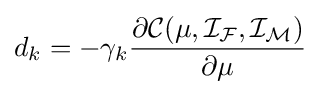
d_{k}=-\gamma _{k}{\dfrac {\partial {\mathcal {C}}(\mu ,{\mathcal {I_{F}}},{\mathcal {I_{M}}})}{\partial \mu }}